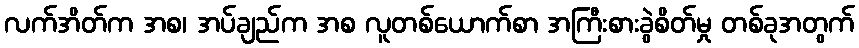
လက်အိတ်က အစ၊ အပ်ချည်က အစ လူတစ်ယောက်စာ အကြီးစားခွဲစိတ်မှု တစ်ခုအတွက်